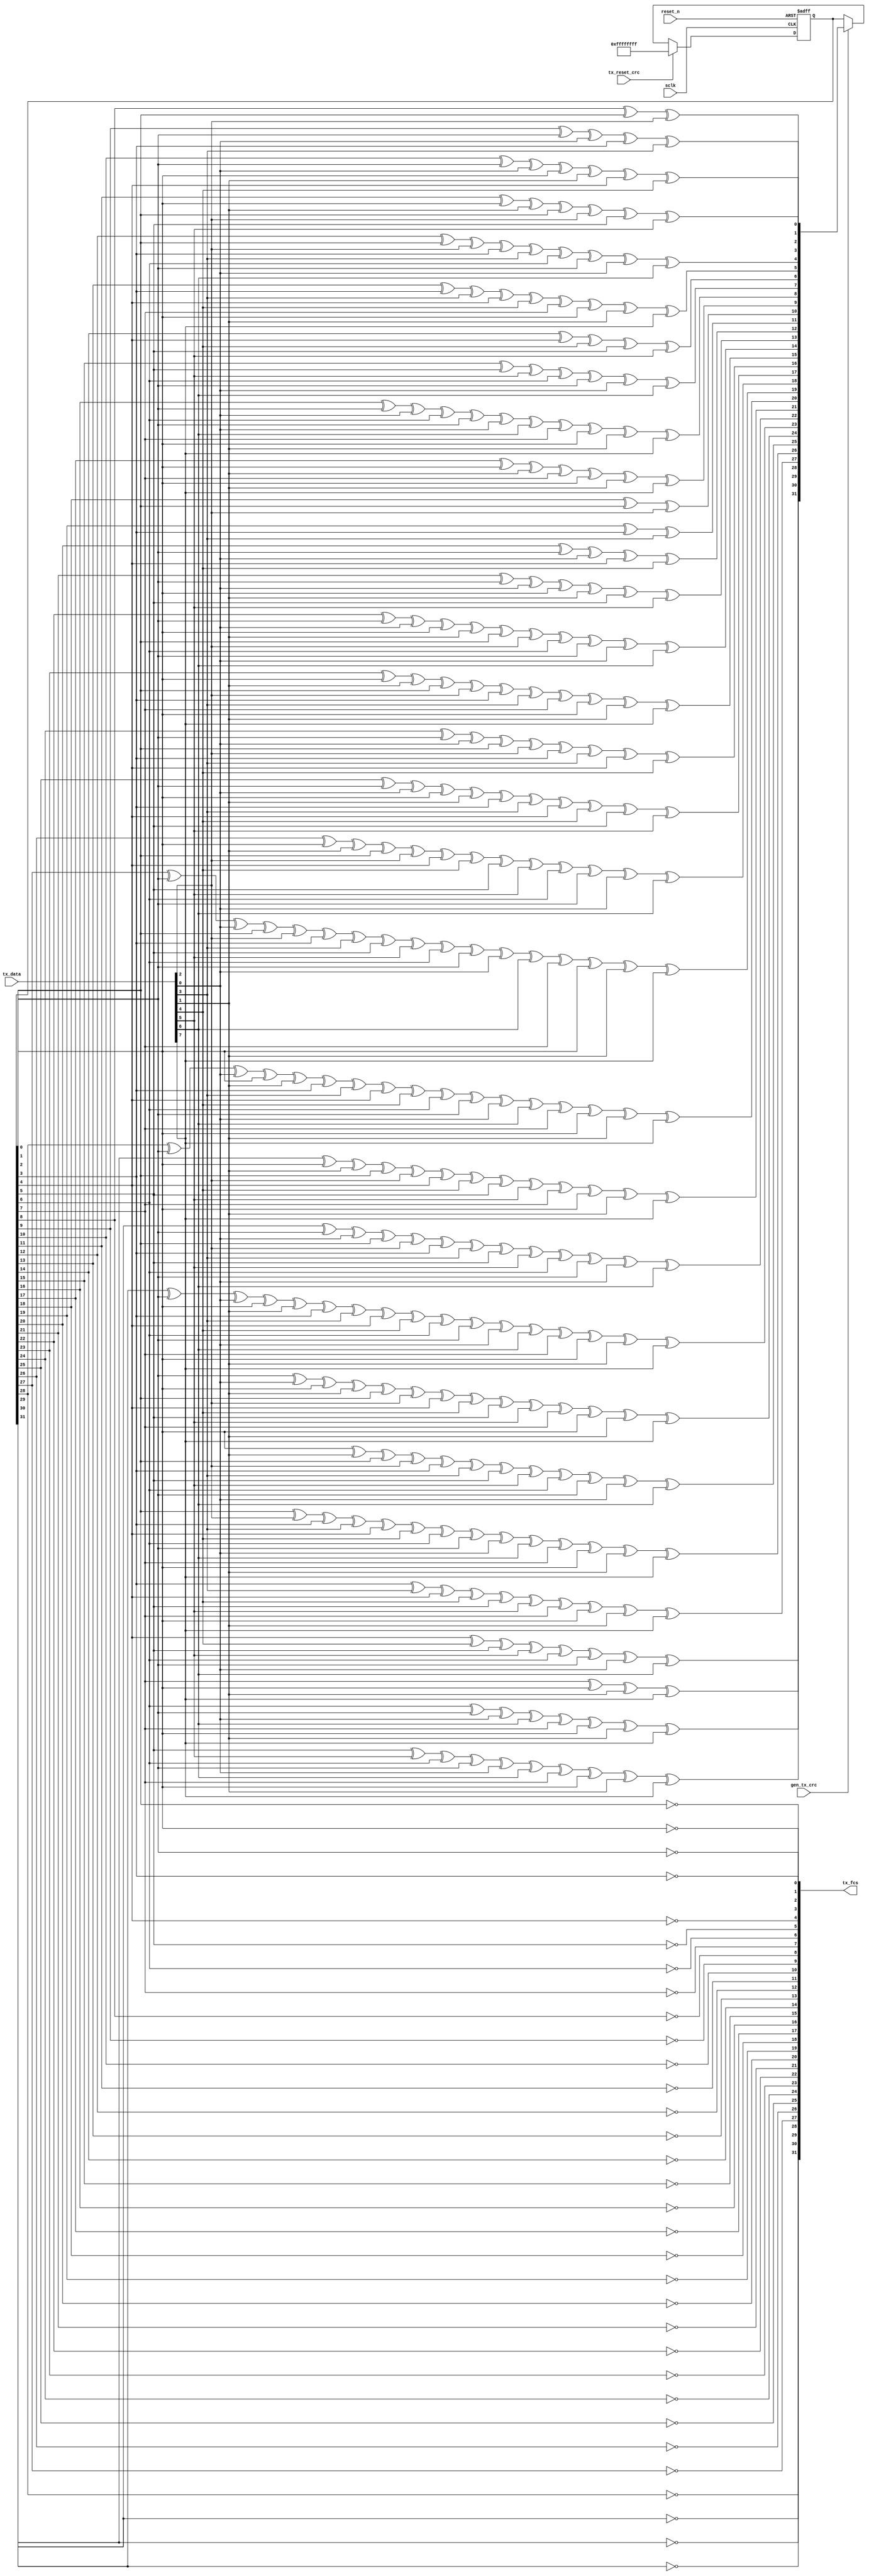
//////////////////////////////////////////////////////////////////////
////                                                              ////
////  Tubo 8051 cores MAC Interface Module                        ////
////                                                              ////
////  This file is part of the Turbo 8051 cores project           ////
////  http://www.opencores.org/cores/turbo8051/                   ////
////                                                              ////
////  Description                                                 ////
////  Turbo 8051 definitions.                                     ////
////                                                              ////
////  To Do:                                                      ////
////    nothing                                                   ////
////                                                              ////
////  Author(s):                                                  ////
////      - Dinesh Annayya, dinesha@opencores.org                 ////
////                                                              ////
//////////////////////////////////////////////////////////////////////
////                                                              ////
//// Copyright (C) 2000 Authors and OPENCORES.ORG                 ////
////                                                              ////
//// This source file may be used and distributed without         ////
//// restriction provided that this copyright statement is not    ////
//// removed from the file and that any derivative work contains  ////
//// the original copyright notice and the associated disclaimer. ////
////                                                              ////
//// This source file is free software; you can redistribute it   ////
//// and/or modify it under the terms of the GNU Lesser General   ////
//// Public License as published by the Free Software Foundation; ////
//// either version 2.1 of the License, or (at your option) any   ////
//// later version.                                               ////
////                                                              ////
//// This source is distributed in the hope that it will be       ////
//// useful, but WITHOUT ANY WARRANTY; without even the implied   ////
//// warranty of MERCHANTABILITY or FITNESS FOR A PARTICULAR      ////
//// PURPOSE.  See the GNU Lesser General Public License for more ////
//// details.                                                     ////
////                                                              ////
//// You should have received a copy of the GNU Lesser General    ////
//// Public License along with this source; if not, download it   ////
//// from http://www.opencores.org/lgpl.shtml                     ////
////                                                              ////
//////////////////////////////////////////////////////////////////////

/***************************************************************
  Description:
  crc_32.v: This block contains the tx_crc32 generator.
            CRC is generated on the tx data when gen_tx_crc asserted.
            The 32-bit crc shift register is reset to all 1's when either
            tx_reset_crc asserted
 
 *********************************************************************/
module g_tx_crc32 (
	      // List of outputs.
	      tx_fcs,
	      
	      // List of inputs
	      gen_tx_crc,
	      tx_reset_crc,
	      tx_data,
	      sclk,
	      reset_n);
  
  // defx[ine inputs and outputs.
  
  input		gen_tx_crc;        // when asserted, crc is generated on the
                                   // tx_data[3:0]. 
  input		tx_reset_crc;      // when asserted, crc shift register is
                                   // reset to all 1's. from link_phy_intfc.
  input [7:0]	tx_data;           // trasnmit data.
  input		sclk;              // serial clock from phy.
  input		reset_n;             // global asynchronous reset.
  
  
  output [31:0]	tx_fcs;       // 32-bit crc for tx_data. to link_phy_intfc.
  
  
  // reg/wire declarations for primary outputs.
  wire [31:0]	tx_fcs;        
  
  // define constants and parameters here.
   
  // define local signals here.
  
  wire [7:0]	crc_in;
  wire		gen_crc;
  wire[7:0]     tx_data_in;
  wire          carry0,carry1,carry2,carry3;
  wire          carry4,carry5,carry6,carry7;
  reg [31:0]	current_crc, next_crc;
  
  // code starts here.
  assign tx_data_in = tx_data;
  assign crc_in = tx_data_in;
  
  assign gen_crc = gen_tx_crc;
  
  // 32-bit crc shift register for crc calculation.
  
  always @(posedge sclk or negedge reset_n)
    begin
      if (!reset_n)
	begin
	  current_crc <= 32'hffffffff;
	end
      else
	begin
	  if (tx_reset_crc )
	    begin
	      current_crc <= 32'hffffffff;
	    end
	  else if (gen_crc)  // generate crc 
	    begin
	      current_crc <= next_crc;
	    end // else: !if(tx_reset_crc )
	end // else: !if(reset_n)
    end // always @ (posedge sclk or negedge reset_n)

  // combinational logic to generate next_crc
  
  always @(current_crc or crc_in)
    begin

      next_crc[0]  = current_crc[8] ^ current_crc[2] ^ crc_in[2];
	    next_crc[1]  = current_crc[9] ^ current_crc[0] ^ crc_in[0] ^
	                   current_crc[3] ^ crc_in[3]; 
	    next_crc[2]  = current_crc[10] ^ current_crc[0] ^ crc_in[0] ^
	                   current_crc[1] ^ crc_in[1] ^ current_crc[4]  ^
		                 crc_in[4];
	    next_crc[3]  = current_crc[11] ^ current_crc[1] ^ crc_in[1] ^
	                   current_crc[2] ^ crc_in[2] ^ current_crc[5]  ^
		                 crc_in[5];
	    next_crc[4]  = current_crc[12] ^ current_crc[2] ^ crc_in[2] ^
	                   current_crc[3] ^ crc_in[3] ^ current_crc[6]  ^
		                 current_crc[0] ^ crc_in[0] ^ crc_in[6];
	    next_crc[5]  = current_crc[13] ^ current_crc[3] ^ crc_in[3] ^
	                   current_crc[4] ^ crc_in[4] ^ current_crc[7]  ^
		                 current_crc[1] ^ crc_in[1] ^ crc_in[7];
	    next_crc[6]  = current_crc[14] ^ current_crc[4] ^ crc_in[4] ^
	                   current_crc[5] ^ crc_in[5];
	    next_crc[7]  = current_crc[15] ^ current_crc[5] ^ crc_in[5] ^
	                   current_crc[6] ^ current_crc[0] ^ crc_in[0]  ^
		                 crc_in[6];
	    next_crc[8]  = current_crc[16] ^ current_crc[0] ^ crc_in[0] ^
	                   current_crc[6]  ^ current_crc[0] ^ crc_in[0]  ^
		                 crc_in[6] ^ current_crc[7] ^ current_crc[1]  ^
		                 crc_in[1] ^ crc_in[7];
	    next_crc[9]  = current_crc[17] ^ current_crc[1] ^ crc_in[1] ^
	                   current_crc[7] ^ current_crc[1] ^ crc_in[1]  ^
		                 crc_in[7];
	    next_crc[10]  = current_crc[18] ^ current_crc[2] ^ crc_in[2];
	    next_crc[11]  = current_crc[19] ^ current_crc[3] ^ crc_in[3];
	    next_crc[12]  = current_crc[20] ^ current_crc[0] ^ crc_in[0] ^
	                    current_crc[4]  ^ crc_in[4];
	    next_crc[13]  = current_crc[21] ^ current_crc[0] ^ crc_in[0] ^
	                    current_crc[1]  ^ crc_in[1] ^ current_crc[5]  ^
		                  crc_in[5];
	    next_crc[14]  = current_crc[22] ^ current_crc[0] ^ crc_in[0] ^
	                    current_crc[1] ^ crc_in[1] ^ current_crc[2]  ^
       		            crc_in[2] ^ current_crc[6] ^ current_crc[0]  ^
		                  crc_in[0] ^ crc_in[6];
	    next_crc[15]  = current_crc[23] ^ current_crc[1] ^ crc_in[1] ^
	                    current_crc[2] ^ crc_in[2] ^ current_crc[3]  ^
		                  crc_in[3] ^ current_crc[7] ^ current_crc[1]  ^
		                  crc_in[1] ^ crc_in[7];
	    next_crc[16]  = current_crc[24] ^ current_crc[0] ^ crc_in[0] ^
	                    current_crc[2] ^ crc_in[2] ^ current_crc[3]  ^
		                  crc_in[3] ^ current_crc[4] ^ crc_in[4];
	    next_crc[17]  = current_crc[25] ^ current_crc[0] ^ crc_in[0] ^
	                    current_crc[1] ^ crc_in[1] ^ current_crc[3]  ^
		                  crc_in[3] ^ current_crc[4] ^ crc_in[4]  ^
		                  current_crc[5] ^ crc_in[5]; 
	    next_crc[18]  = current_crc[26] ^ current_crc[1] ^ crc_in[1] ^
	                    current_crc[2] ^ crc_in[2] ^ current_crc[4]  ^
		                  crc_in[4] ^ current_crc[5] ^ crc_in[5]  ^
		                  current_crc[6] ^ current_crc[0] ^ crc_in[0]  ^
		                  crc_in[6];
	    next_crc[19]  = current_crc[27] ^ current_crc[0] ^ crc_in[0] ^
	                    current_crc[2] ^ crc_in[2] ^ current_crc[3]  ^
		                  crc_in[3] ^ current_crc[5] ^ crc_in[5]  ^
		                  current_crc[6] ^ current_crc[0] ^ crc_in[0]  ^
		                  crc_in[6] ^ current_crc[7] ^ current_crc[1]  ^
		                  crc_in[1] ^ crc_in[7];
	    next_crc[20]  = current_crc[28] ^ current_crc[0] ^ crc_in[0] ^
	                    current_crc[1] ^ crc_in[1] ^ current_crc[3]  ^
		                  crc_in[3] ^ current_crc[4] ^ crc_in[4]  ^
		                  current_crc[6] ^ current_crc[0] ^ crc_in[0]  ^
		                  crc_in[6] ^ current_crc[7] ^ current_crc[1]  ^
		                  crc_in[1] ^ crc_in[7];
	    next_crc[21]  = current_crc[29] ^ current_crc[1] ^ crc_in[1] ^
                      current_crc[2] ^ crc_in[2] ^ current_crc[4]  ^
                      crc_in[4] ^ current_crc[5] ^ crc_in[5]  ^
                      current_crc[7] ^ current_crc[1] ^ crc_in[1]  ^ 
                      crc_in[7];
	    next_crc[22]  = current_crc[30] ^ current_crc[0] ^ crc_in[0] ^
                      current_crc[2] ^ crc_in[2] ^ current_crc[3]  ^
                      crc_in[3] ^ current_crc[5] ^ crc_in[5]  ^
                      current_crc[6] ^ current_crc[0] ^ crc_in[0]  ^
                      crc_in[6];
	    next_crc[23]  = current_crc[31] ^ current_crc[0] ^ crc_in[0] ^
                      current_crc[1] ^ crc_in[1] ^ current_crc[3]  ^
                      crc_in[3] ^ current_crc[4] ^ crc_in[4]  ^
                      current_crc[6] ^ current_crc[0] ^ crc_in[0]  ^
                      crc_in[6] ^ current_crc[7] ^ current_crc[1]  ^
                      crc_in[1] ^ crc_in[7];
	    next_crc[24]  = current_crc[0] ^ crc_in[0] ^ current_crc[1]  ^ 
                      crc_in[1] ^ current_crc[2] ^ crc_in[2]    ^
                      current_crc[4] ^ crc_in[4] ^ current_crc[5]  ^
                      crc_in[5] ^ current_crc[7] ^ current_crc[1]  ^
                      crc_in[1] ^ crc_in[7];
	    next_crc[25]  = current_crc[1] ^ crc_in[1] ^ current_crc[2]  ^ 
	                    crc_in[2] ^ current_crc[3] ^ crc_in[3]    ^ 
                      current_crc[5] ^ crc_in[5] ^ current_crc[6]  ^ 
                      current_crc[0]  ^ crc_in[0] ^ crc_in[6]; 
	    next_crc[26]  = current_crc[2] ^ crc_in[2] ^ current_crc[3]  ^ 
                      crc_in[3] ^ current_crc[4] ^ crc_in[4]    ^ 
                      current_crc[6] ^ current_crc[0] ^ crc_in[0]  ^ 
                      crc_in[6]  ^ current_crc[7] ^ current_crc[1] ^ 
                      crc_in[1]  ^ crc_in[7];
	    next_crc[27]  = current_crc[3] ^ crc_in[3] ^ current_crc[4]  ^ 
                      crc_in[4] ^ current_crc[5] ^ crc_in[5]    ^ 
                      current_crc[7] ^ current_crc[1] ^ crc_in[1]  ^ 
                      crc_in[7];
	    next_crc[28]  = current_crc[4] ^crc_in[4] ^ current_crc[5]   ^ 
                      crc_in[5] ^ current_crc[6] ^ current_crc[0]  ^ 
                      crc_in[0] ^ crc_in[6];
	    next_crc[29]  = current_crc[5] ^ crc_in[5] ^ current_crc[6]  ^ 
                      current_crc[0] ^ crc_in[0] ^ crc_in[6]    ^ 
                      current_crc[7] ^ current_crc[1] ^ crc_in[1]  ^ 
                      crc_in[7];
	    next_crc[30]  = current_crc[6] ^ current_crc[0] ^ crc_in[0]  ^ 
                      crc_in[6] ^ current_crc[7] ^ current_crc[1]  ^
                      crc_in[1] ^ crc_in[7];
	    next_crc[31]  = current_crc[7] ^ current_crc[1] ^ crc_in[1] ^ 
                      crc_in[7];
    end   // always

//  assign tx_fcs = ~current_crc;
  assign tx_fcs[0] = !current_crc[0];
  assign tx_fcs[1] = !current_crc[1];
  assign tx_fcs[2] = !current_crc[2];
  assign tx_fcs[3] = !current_crc[3];
  assign tx_fcs[4] = !current_crc[4];
  assign tx_fcs[5] = !current_crc[5];
  assign tx_fcs[6] = !current_crc[6];
  assign tx_fcs[7] = !current_crc[7];
  assign tx_fcs[8] = !current_crc[8];
  assign tx_fcs[9] = !current_crc[9];
  assign tx_fcs[10] = !current_crc[10];
  assign tx_fcs[11] = !current_crc[11];
  assign tx_fcs[12] = !current_crc[12];
  assign tx_fcs[13] = !current_crc[13];
  assign tx_fcs[14] = !current_crc[14];
  assign tx_fcs[15] = !current_crc[15];
  assign tx_fcs[16] = !current_crc[16];
  assign tx_fcs[17] = !current_crc[17];
  assign tx_fcs[18] = !current_crc[18];
  assign tx_fcs[19] = !current_crc[19];
  assign tx_fcs[20] = !current_crc[20];
  assign tx_fcs[21] = !current_crc[21];
  assign tx_fcs[22] = !current_crc[22];
  assign tx_fcs[23] = !current_crc[23];
  assign tx_fcs[24] = !current_crc[24];
  assign tx_fcs[25] = !current_crc[25];
  assign tx_fcs[26] = !current_crc[26];
  assign tx_fcs[27] = !current_crc[27];
  assign tx_fcs[28] = !current_crc[28];
  assign tx_fcs[29] = !current_crc[29];
  assign tx_fcs[30] = !current_crc[30];
  assign tx_fcs[31] = !current_crc[31];
  
endmodule